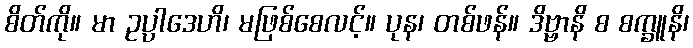
စိတ်ကို။ မာ ဥပ္ပါဒေဟိ၊ မဖြစ်စေလင့်။ ပုန၊ တစ်ဖန်။ ဒိဗ္ဗာနိ စ စက္ခူနိ၊